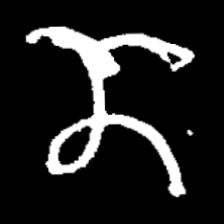
Pyu character \u2014 Myanmar letter: ဏ (romanized: nna)